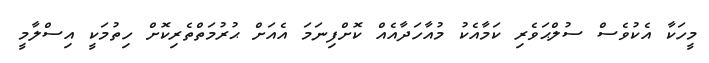
މީހަކާ އެކުވެސް ސުލްޙަވެރި ކަމާއެކު މުއާހަދާއެއް ކޮށްފިނަމަ އެއަށް ޙުރުމަތްތެރިކޮށް ހިތުމަކީ އިސްލާމީ